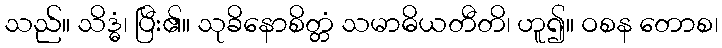
သည်။ သိဒ္ဓံ၊ ပြီး၏။ သုခိနောစိတ္တံ သမာဓိယတီတိ၊ ဟူ၍။ ဝစန တောစ၊